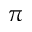
\pi